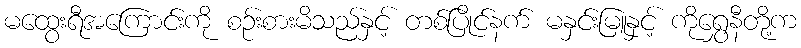
မထွေးရီအကြောင်းကို စဉ်းစားမိသည်နှင့် တစ်ပြိုင်နက် မနှင်းမြူနှင့် ကိုရွှေနီတို့က